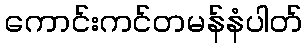
ကောင်းကင်တမန်နံပါတ်